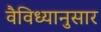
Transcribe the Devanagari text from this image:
वैविध्यानुसार